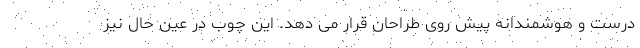
درست و هوشمندانه پیش روی طراحان قرار می دهد. این چوب در عین حال نیز